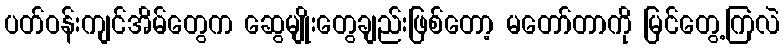
ပတ်ဝန်းကျင်အိမ်တွေက ဆွေမျိုးတွေချည်းဖြစ်တော့ မတော်တာကို မြင်တွေ့ကြလဲ